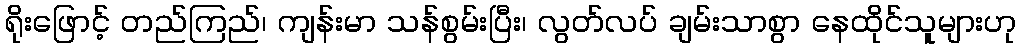
ရိုးဖြောင့် တည်ကြည်၊ ကျန်းမာ သန်စွမ်းပြီး၊ လွတ်လပ် ချမ်းသာစွာ နေထိုင်သူများဟု